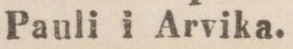
Pauli i Arvika.